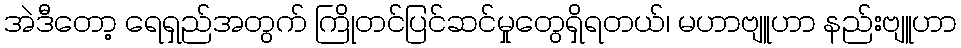
အဲဒီတော့ ရေရှည်အတွက် ကြိုတင်ပြင်ဆင်မှုတွေရှိရတယ်၊ မဟာဗျူဟာ နည်းဗျူဟာ